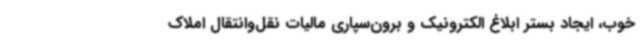
خوب، ایجاد بستر ابلاغ الکترونیک و برون‌سپاری مالیات نقل‌وانتقال املاک